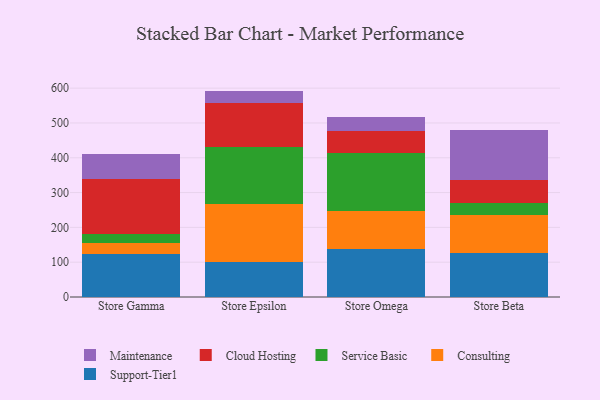
{"axis": {"x": "Store", "y": "Tickets Resolved"}, "legend": ["Cloud Hosting", "Consulting", "Maintenance", "Service Basic", "Support-Tier1"], "data": [{"x": "Store Gamma", "y": 124.6, "type": "Support-Tier1"}, {"x": "Store Gamma", "y": 31.0, "type": "Consulting"}, {"x": "Store Gamma", "y": 24.9, "type": "Service Basic"}, {"x": "Store Gamma", "y": 159.1, "type": "Cloud Hosting"}, {"x": "Store Gamma", "y": 70.0, "type": "Maintenance"}, {"x": "Store Epsilon", "y": 100.0, "type": "Support-Tier1"}, {"x": "Store Epsilon", "y": 167.9, "type": "Consulting"}, {"x": "Store Epsilon", "y": 164.5, "type": "Service Basic"}, {"x": "Store Epsilon", "y": 124.4, "type": "Cloud Hosting"}, {"x": "Store Epsilon", "y": 35.5, "type": "Maintenance"}, {"x": "Store Omega", "y": 138.9, "type": "Support-Tier1"}, {"x": "Store Omega", "y": 106.9, "type": "Consulting"}, {"x": "Store Omega", "y": 168.3, "type": "Service Basic"}, {"x": "Store Omega", "y": 63.0, "type": "Cloud Hosting"}, {"x": "Store Omega", "y": 41.1, "type": "Maintenance"}, {"x": "Store Beta", "y": 127.2, "type": "Support-Tier1"}, {"x": "Store Beta", "y": 107.6, "type": "Consulting"}, {"x": "Store Beta", "y": 35.1, "type": "Service Basic"}, {"x": "Store Beta", "y": 67.0, "type": "Cloud Hosting"}, {"x": "Store Beta", "y": 141.9, "type": "Maintenance"}]}